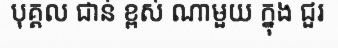
បុគ្គល ជាន់ ខ្ពស់ ណាមួយ ក្នុង ជួរ